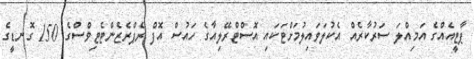
ޕާޓީއެއްގެ އަމިއްލަ ސަރުކާރެއް އެކުލަވައިލުމަށްޓަކައި އޮސްޓްރޭލިއާގެ ހައުސް އޮފް ރެޕްރެޒެންޓެޓިވްސްގެ 150 ގޮނޑީގެ